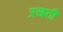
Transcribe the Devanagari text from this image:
ऱखती